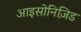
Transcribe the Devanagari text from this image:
आइसोनिज़िड